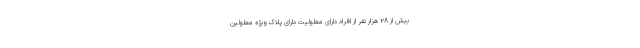
بیش از ۲۸ هزار نفر از افراد دارای معلولیت دارای پلاک ویژه معلولین